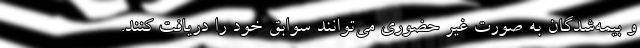
و بیمه‌شدگان به صورت غیر حضوری می‌توانند سوابق خود را دریافت کنند.